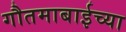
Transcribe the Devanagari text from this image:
गौतमाबाईच्या